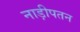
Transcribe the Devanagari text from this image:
नाड़ीपतन